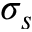
\sigma _ { s }